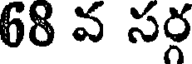
68 వ సర్గ